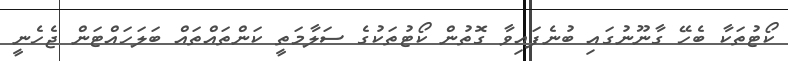
ކޯޓުތަކާ ބެހޭ ގާނޫނުގައި ބުނެފައިވާ ގޮތުން ކޯޓުތަކުގެ ސަލާމަތީ ކަންތައްތައް ބަލަހައްޓަން ޖެހެނީ